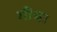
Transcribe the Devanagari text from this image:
गीचा